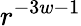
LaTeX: r^{-3w-1}